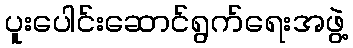
ပူးပေါင်းဆောင်ရွက်ရေးအဖွဲ့